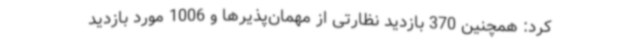
کرد: همچنین 370 بازدید نظارتی از مهمان‌پذیرها و 1006 مورد بازدید